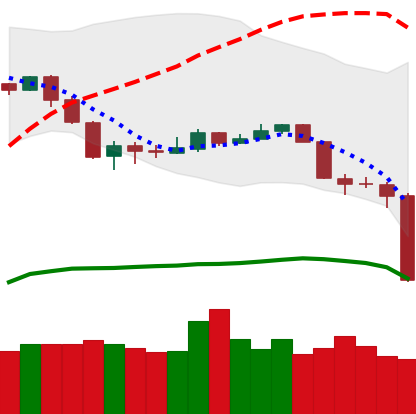
Ticker: NEO-USD
Chart end date: 2020-03-12
Forward return: -6.268%
Label: down_5_7